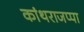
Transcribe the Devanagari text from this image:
कांथराजप्पा